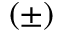
( \pm )